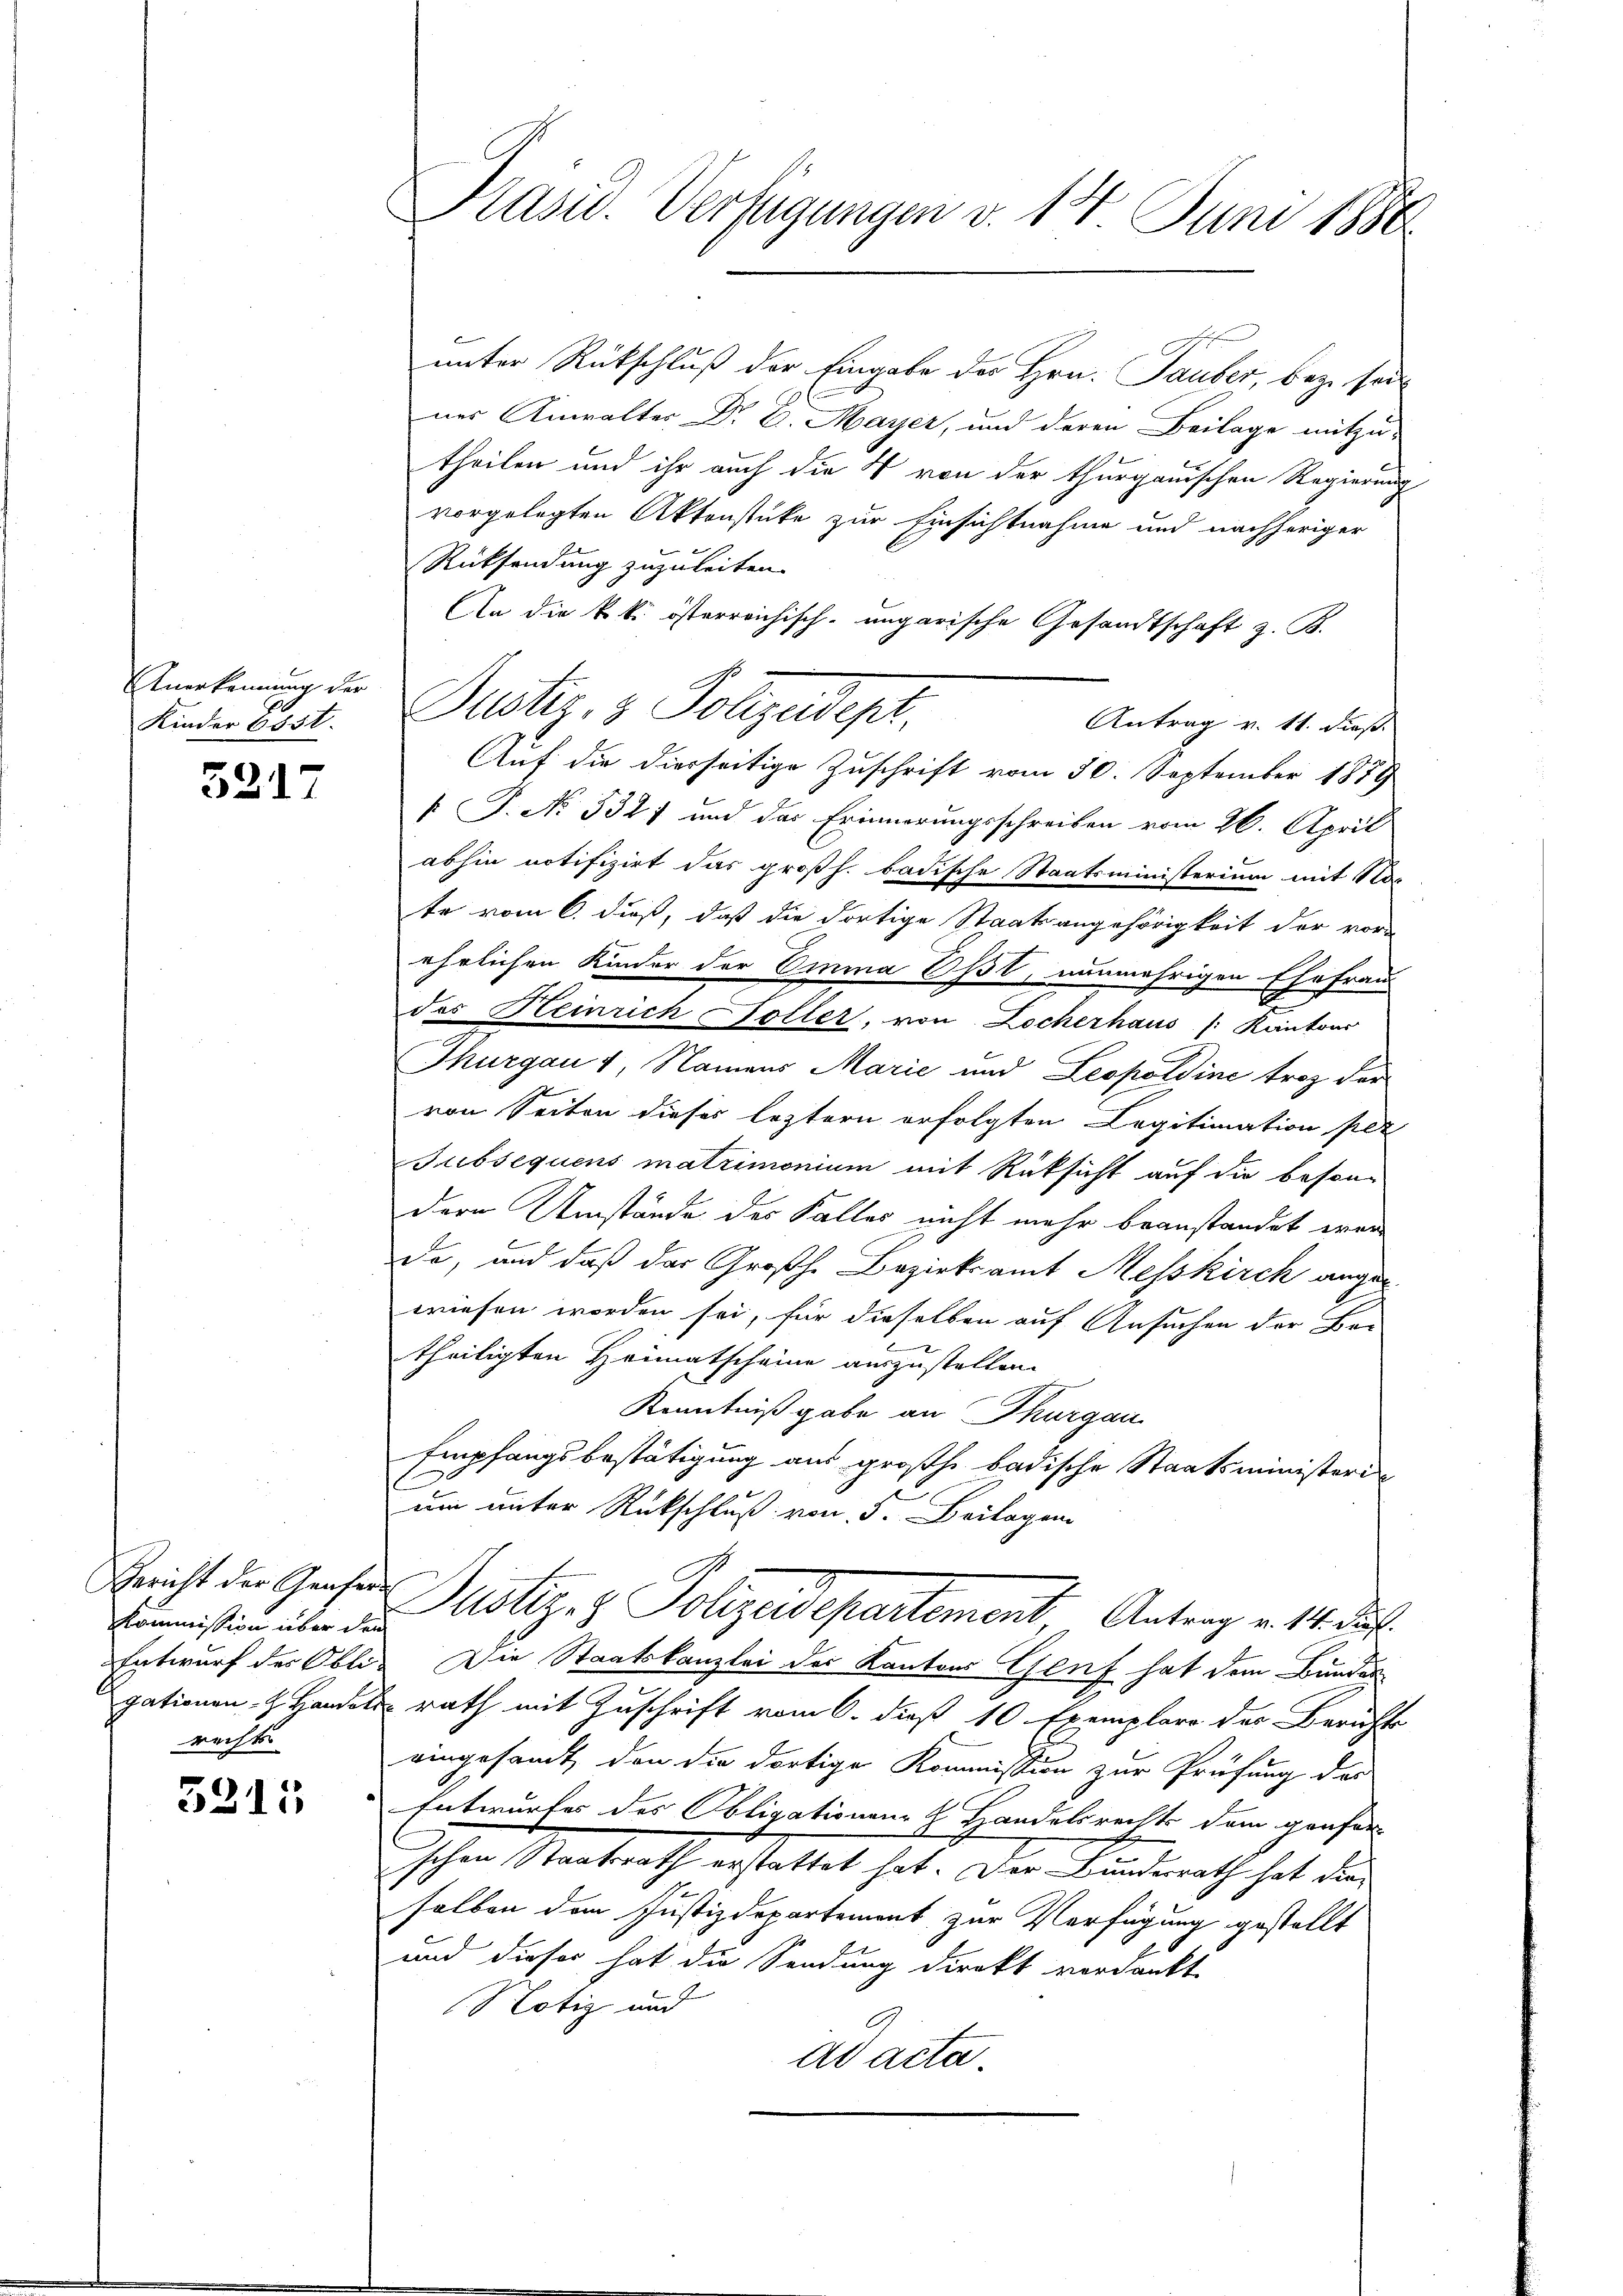
Anerkennung der
Kinder 6531.

5217

Bericht der Genfere
Kommission über den
rechts

5315

Pasid. Verfügungen d. 14. Juni 1880

unter Rückschluß der Eingabe der Hrn. Tauber, bez. sein
nes Anwalter Dr. E. Mayer, und deren Beilage mitzu-
theilen und ihr auch die 4 von der thurgauischen Regierung
vorgelegten Aktenstüke zur Einsichtnahme und nachheriger
Rücksendung zuzuleiten.
An die k. k. österreichisch-ungarische Gesandtschaft z. B.
Justiz- & Pollzudept.
Antrag v. 11. dieß.
Auf die diesseitige Zuschrift vom 30. September 1879
 P. No. 5327 und das Erinnerungsschreiben vom 26. April
abhin notifizirt das großh. badische Staatsministerium mit No.
te vom 6. dieß, daß die dortige Staatsangehörigkeit der vor-
ehrlichen Kinder der Omnina Ost, nunmehrigen Ehefrau
des Heinrich Foller, von Locherhaus /: Kantons
Thurgau 1, Namens Marie und Leopoldine trotz der
von Seiten dieses leztern erfolgten Legitimation per
Jubsequens matrimonium mit Rüksicht auf die besondern Umstände des Faller nicht mehr beanstandet wer
de, und daß das Großh. Bezirksamt Messkirch angeg
wiesen worden sei, für dieselben auf Ansuchen der Bar
theiligten Heimatscheine auszustellen.
Kenntnißgabe an Thurgau
Empfangsbestätigung aus großh. badische Staatsministeri
um unter Rückschluß von 5. Beilagen
Dustiz- & Polizeidepartement, Antrag v. 14. ds.
Entwurf des Obli- Die Staatskanzlei der Kantons Genf hat dem Bunder
gationen Handels rath mit Zuschrift vom 6. dieß 10 Exemplare des Berichts
eingesamt, den die dortige Kommission zur Prüfung der
Entwurfes des Obligationen- & Landelsrechts dem grafer
schen Staatsrath erstattet hat. Der Bundesrath hat dieselben dem Justizdepartement zur Verfügung gestellt
und dieser hat die Sendung direkt verdankt
Notiz und
2
ad acta.